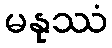
မနုဿံ